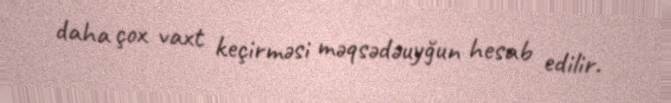
daha çox vaxt keçirməsi məqsədəuyğun hesab edilir.